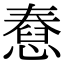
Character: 憃